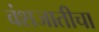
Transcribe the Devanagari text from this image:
वंशजातीचा